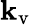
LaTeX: \mathbf{k}_{\mathrm{v}}